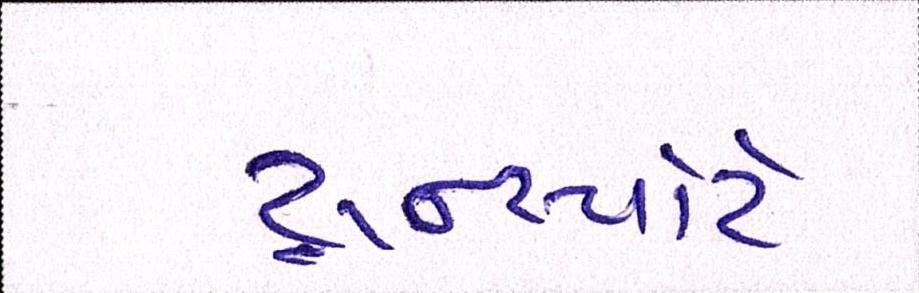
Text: ટ્રાન્સ્પોર્ટ